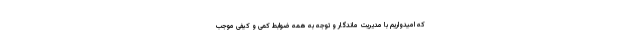
که امیدواریم با مدیریت ماندگار و توجه به همه ضوابط کمی و کیفی موجب